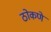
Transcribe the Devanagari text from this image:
ठोकणे